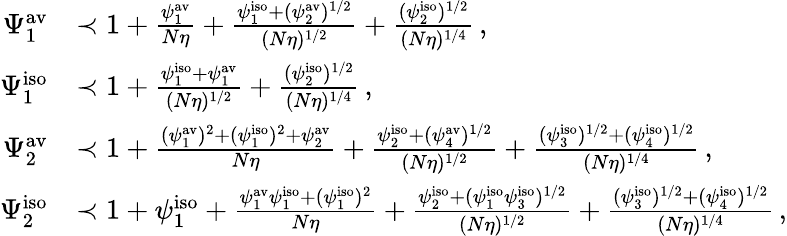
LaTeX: \begin{array}{rl}{\Psi_{1}^{\mathrm{av}}}&{\prec 1+\frac{\psi_{1}^{\mathrm{av}}}{N\eta}+\frac{\psi_{1}^{\mathrm{iso}}+(\psi_{2}^{\mathrm{av}})^{1/2}}{(N\eta)^{1/2}}+\frac{(\psi_{2}^{\mathrm{iso}})^{1/2}}{(N\eta)^{1/4}}\, ,}\\ {\Psi_{1}^{\mathrm{iso}}}&{\prec 1+\frac{\psi_{1}^{\mathrm{iso}}+\psi_{1}^{\mathrm{av}}}{(N\eta)^{1/2}}+\frac{(\psi_{2}^{\mathrm{iso}})^{1/2}}{(N\eta)^{1/4}}\, ,}\\ {\Psi_{2}^{\mathrm{av}}}&{\prec 1+\frac{(\psi_{1}^{\mathrm{av}})^{2}+{(\psi_{1}^{\mathrm{iso}})^{2}}+\psi_{2}^{\mathrm{av}}}{N\eta}+\frac{\psi_{2}^{\mathrm{iso}}+(\psi_{4}^{\mathrm{av}})^{1/2}}{(N\eta)^{1/2}}+\frac{(\psi_{3}^{\mathrm{iso}})^{1/2}+(\psi_{4}^{\mathrm{iso}})^{1/2}}{(N\eta)^{1/4}}\, ,}\\ {\Psi_{2}^{\mathrm{iso}}}&{\prec 1+\psi_{1}^{\mathrm{iso}}+\frac{\psi_{1}^{\mathrm{av}}\psi_{1}^{\mathrm{iso}}+(\psi_{1}^{\mathrm{iso}})^{2}}{N\eta}+\frac{\psi_{2}^{\mathrm{iso}}+(\psi_{1}^{\mathrm{iso}}\psi_{3}^{\mathrm{iso}})^{1/2}}{(N\eta)^{1/2}}+\frac{(\psi_{3}^{\mathrm{iso}})^{1/2}+(\psi_{4}^{\mathrm{iso}})^{1/2}}{(N\eta)^{1/4}}\, ,}\end{array}